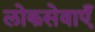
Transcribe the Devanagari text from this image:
लोकसेवाएँ